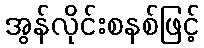
အွန်လိုင်းစနစ်ဖြင့်